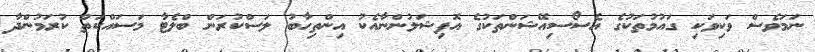
ނަމަވެސް ވަކިވަކި ގައުމުތަކުގެ އެސޯސިއޭޝަންތަކުގެ އޮފިޝަލުންނާއެކު އިންތިހާބު ލަސްކުރަން ބްލެޓާ މަސައްކަތް ކުރަމުންދާ